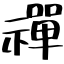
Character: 禪